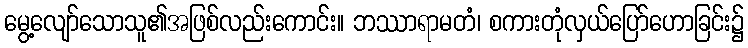
မွေ့လျော်သောသူ၏အဖြစ်လည်းကောင်း။ ဘဿာရာမတံ၊ စကားတုံလှယ်ပြော်ဟောခြင်း၌